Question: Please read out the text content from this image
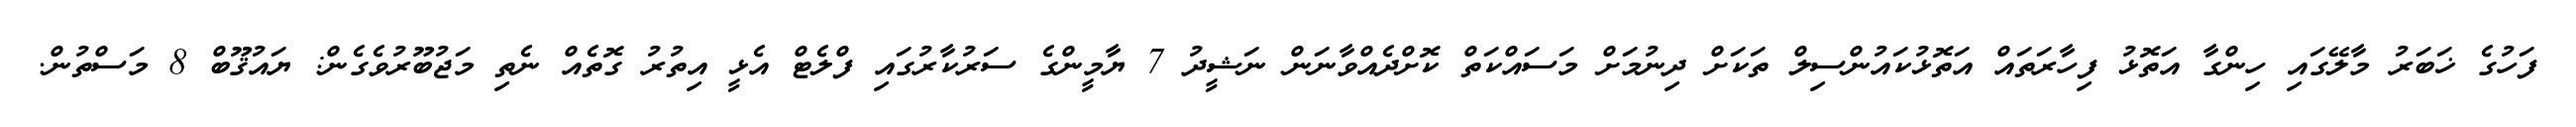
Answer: ފަހުގެ ޚަބަރު މާލޭގައި ހިންގާ އަތޮޅު ފިހާރަތައް އަތޮޅުކައުންސިލް ތަކަށް ދިނުމަށް މަސައްކަތް ކޮށްދެއްވާނަން ނަޝީދު 7 ޔާމީންގެ ސަރުކާރުގައި ފްލެޓް އެޅީ އިތުރު ގޮތެއް ނެތި މަޖުބޫރުވެގެން: ޔައުޤޫބް 8 މަސްތުން.